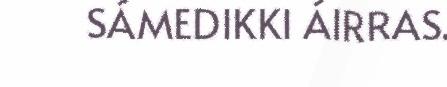
SÁMEDIKKI ÁIRRAS.